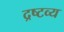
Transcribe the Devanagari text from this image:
द्रष्‍टव्य